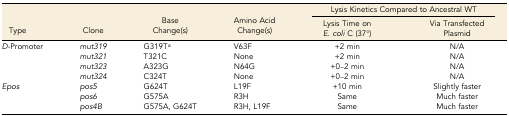
| <ROWSPAN=2> Type | <ROWSPAN=2> Clone | <ROWSPAN=2> Base Change(s) | <ROWSPAN=2> Amino Acid Change(s) | <COLSPAN=2> Lysis Kinetics Compared to Ancestral WT |
 | Lysis Time on E. coli C (37°) | Via Transfected Plasmid |
 | --- | --- | --- | --- | --- | --- |
 | D-Promoter | mut319 | G319Ta | V63F | +2 min | N/A |
 |  | mut321 | T321C | None | +2 min | N/A |
 |  | mut323 | A323G | N64G | +0–2 min | N/A |
 |  | mut324 | C324T | None | +0–2 min | N/A |
 | Epos | pos5 | G624T | L19F | +10 min | Slightly faster |
 |  | pos6 | G575A | R3H | Same | Much faster |
 |  | pos4B | G575A, G624T | R3H, L19F | Same | Much faster |